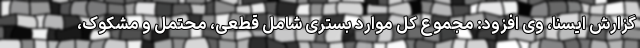
گزارش ایسنا، وی افزود: مجموع کل موارد بستری شامل قطعی، محتمل و مشکوک،